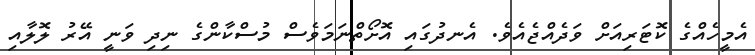
އެމީހެއްގެ ކޮޓަރިއަށް ވަދެއްޖެއެވެ. އެނދުގައި އޮށޯތްނަމަވެސް މުސްކާންގެ ނިދި ވަނީ އޭރު ލޮލާއި